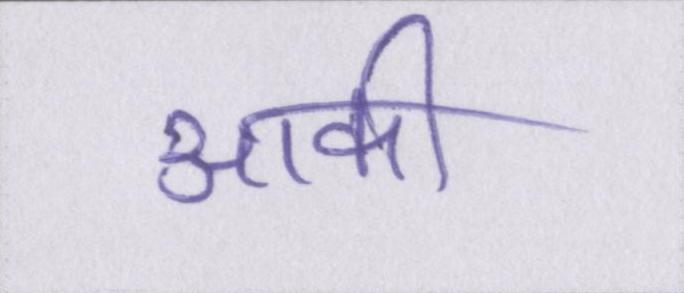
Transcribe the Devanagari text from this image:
आकी